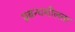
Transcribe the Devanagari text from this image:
प्रबन्धशीलता